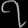
Digit: ၇